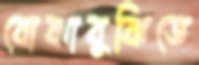
বোঝাবুঝিতে